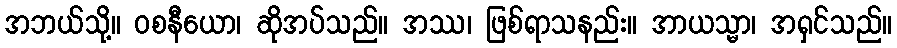
အဘယ်သို့။ ဝစနီယော၊ ဆိုအပ်သည်။ အဿ၊ ဖြစ်ရာသနည်း။ အာယသ္မာ၊ အရှင်သည်။